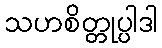
သဟစိတ္တုပ္ပါဒါ